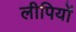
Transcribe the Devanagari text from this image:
लीपियों